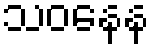
သဝနေန